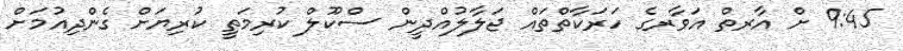
9:45 ށް އާރތް އަވާރގެ ހަރަކާތްތައް ޖަލާލުއްދީން ސްކޫލް ކުރިމަތީ ކުރިޔަށް ގެންދިއުމަށް